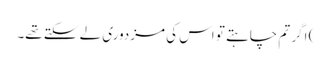
) اگر تم چاہتے تو اس کی مزدوری لے سکتے تھے۔